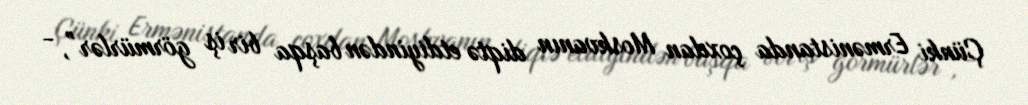
Çünki Ermənistanda çoxdan Moskvanın diqtə etdiyindən başqa bir iş görmürlər”, -